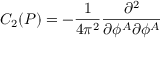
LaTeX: C _ { 2 } ( P ) = - \frac 1 { 4 \pi ^ { 2 } } \frac { \partial ^ { 2 } } { \partial \phi ^ { A } \partial \phi ^ { A } }